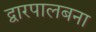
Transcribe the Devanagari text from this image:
द्वारपालबना